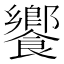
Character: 饗